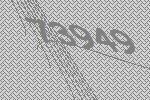
73949